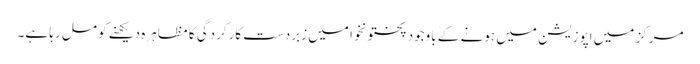
مرکز میں اپوزیشن میں ہونے کے باوجود پختونخوا میں زبردست کارکردگی کا مظاہرہ دیکھنے کو مل رہا ہے۔